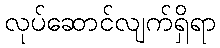
လုပ်ဆောင်လျက်ရှိရာ